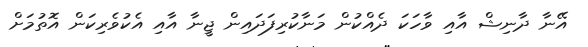
އޭނާ ދާނިޝް އާއި ވާހަކަ ދެއްކުން މަނާކުރިފަދައިން ޖީނާ އާއި އެކުވެރިކަން އޮތުމަށް